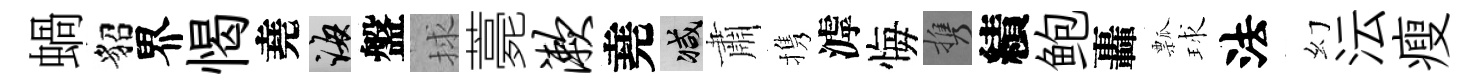
蝸貂界愒堯誨盤捄薧漱堯减肅携滹悔携績鲍轟瓢球法幻沄瘦